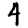
Digit: 4